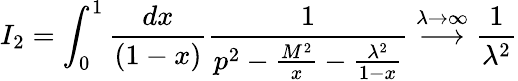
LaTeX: I_{2}=\int_{0}^{1}\frac{dx}{(1-x)}\frac{1}{p^{2}-\frac{M^{2}}{x}-\frac{\lambda^{2}}{1-x}}\stackrel{\lambda\rightarrow\infty}{\longrightarrow}\frac{1}{\lambda^{2}}